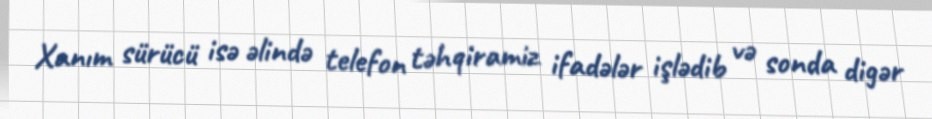
Xanım sürücü isə əlində telefon təhqiramiz ifadələr işlədib və sonda digər